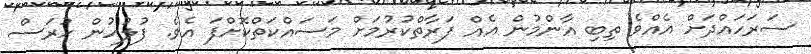
ސަރަހައްދަށް އެއްވެ ތިބި އާންމުން އެއް ފަރާތްކުރުމަށް މަސައްކަތްކޮށްފަ އެވެ. ފުލުހުން ހުރަސް